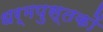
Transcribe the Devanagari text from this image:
धर्मपुस्तकों